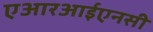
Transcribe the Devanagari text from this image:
एआरआईएनसी